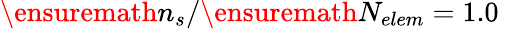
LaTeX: \ensuremath{n_{s}}/\ensuremath{N_{elem}}=1.0\